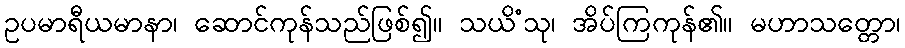
ဥပမာရီယမာနာ၊ ဆောင်ကုန်သည်ဖြစ်၍။ သယိံသု၊ အိပ်ကြကုန်၏။ မဟာသတ္တော၊